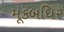
મૂકબધિર